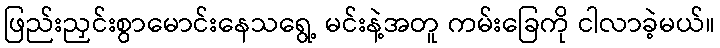
ဖြည်းညှင်းစွာမောင်းနေသရွေ့ မင်းနဲ့အတူ ကမ်းခြေကို ငါလာခဲ့မယ်။